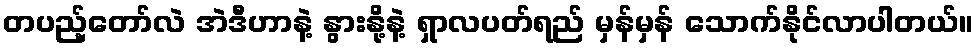
တပည့်တော်လဲ အဲဒီဟာနဲ့ နွားနို့နဲ့ ရှာလပတ်ရည် မှန်မှန် သောက်နိုင်လာပါတယ်။